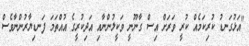
"އަޅުގަނޑު ކުރިކަމެއް ކުރީ ވަރަށް އިސް ގާނޫނީ ވަކީލުންނާއި އަދިކުރީގެ އުއްތަމަ ފަނޑިޔާރުންނާވެސް